Lunatic asylums in Bengal annual reports 1912-1924 - 1912-1924
Year: 1912
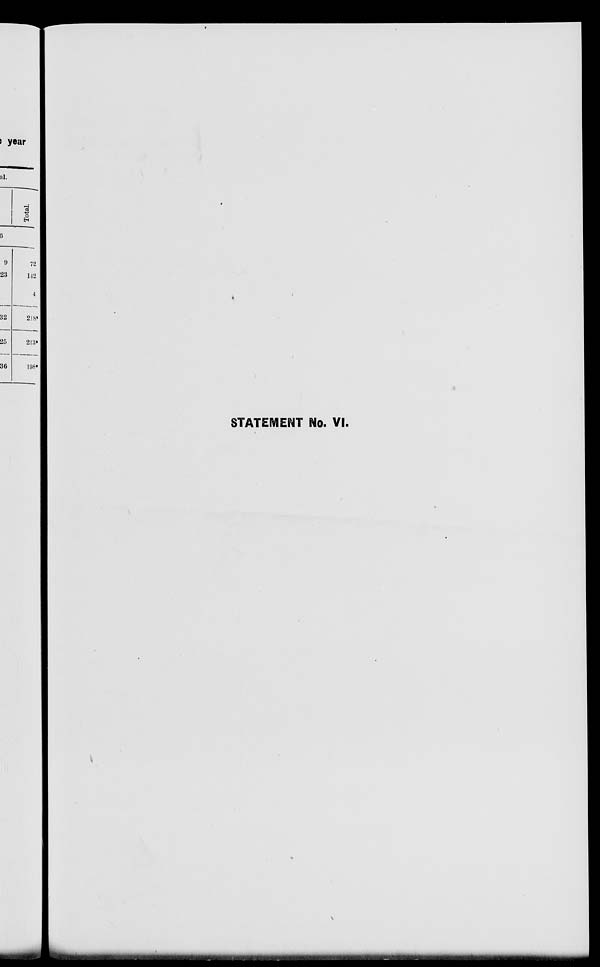
STATEMENT No. VI.